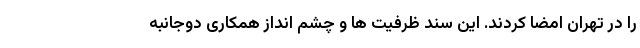
را در تهران امضا کردند. این سند ظرفیت ها و چشم انداز همکاری دوجانبه